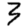
Digit: 3